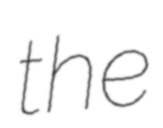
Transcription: the